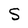
Character: S